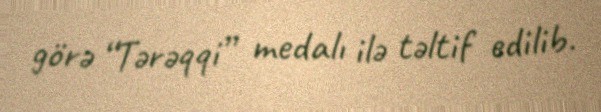
görə “Tərəqqi” medalı ilə təltif edilib.